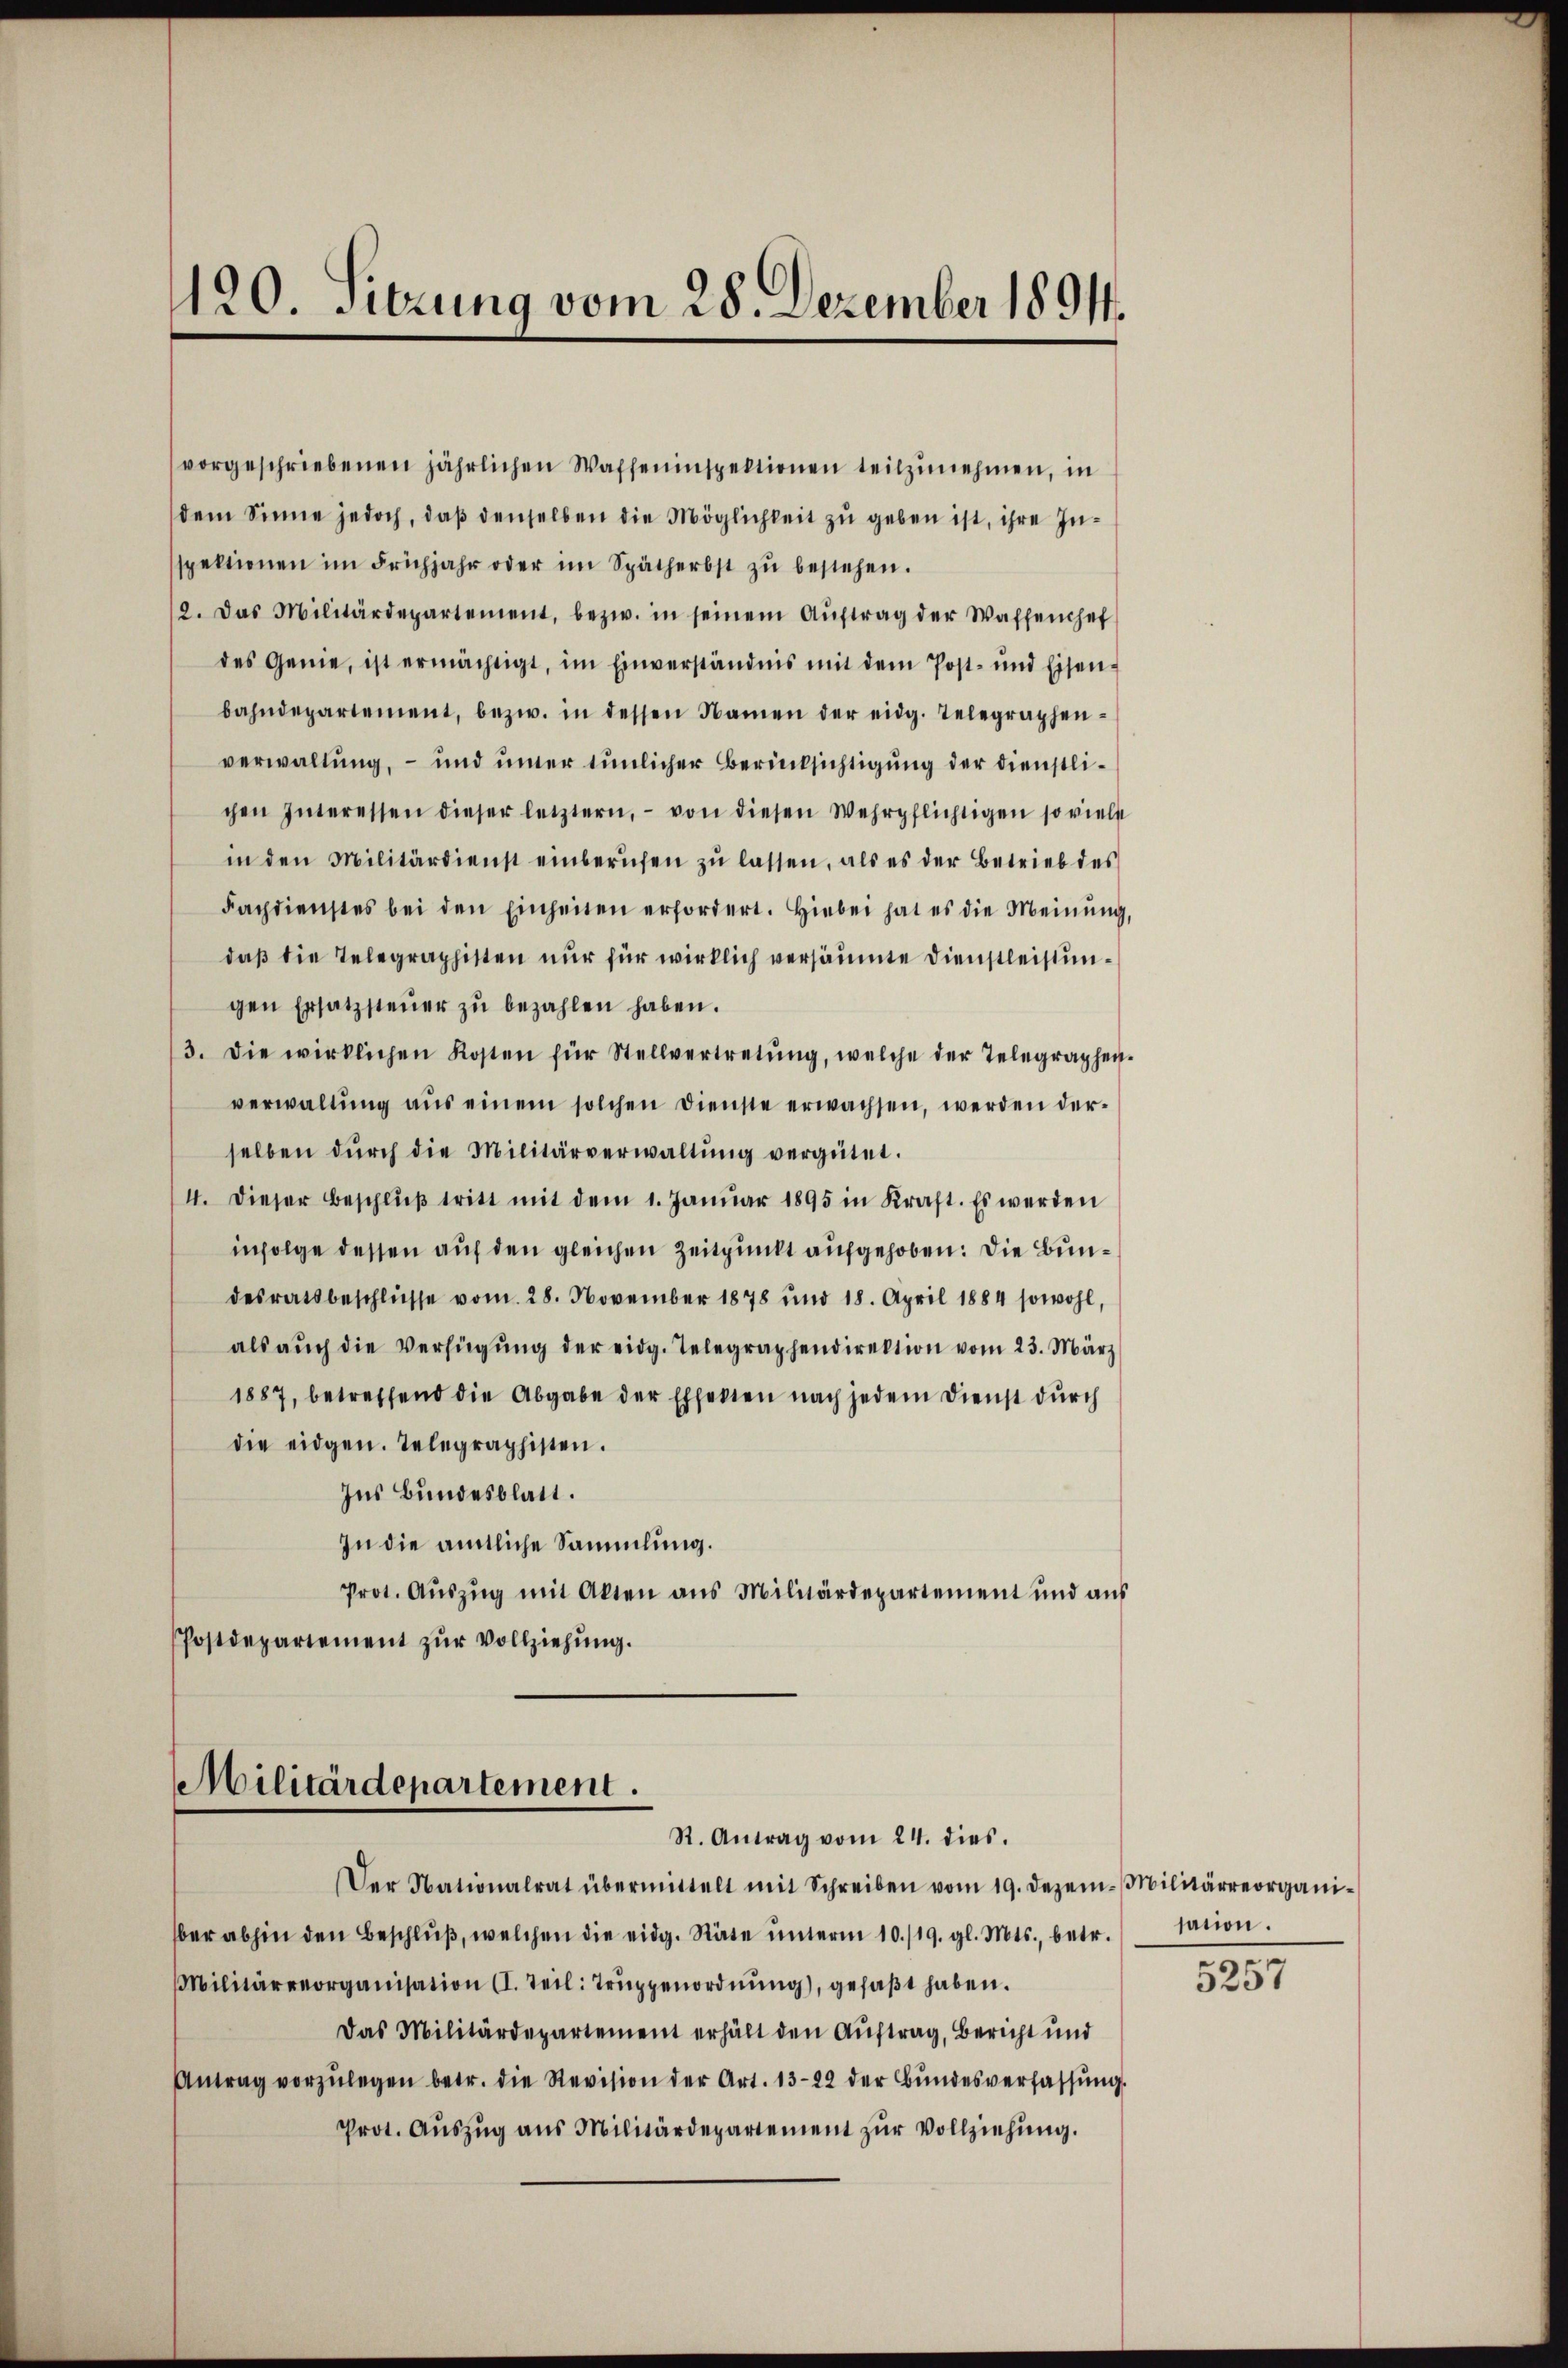
120. Sitzung vom 28. Dezember 1891.

gen Ersatzsteŭer zŭ bezahlen haben.
die eidgen. Telegraphisten.
Ins Bundesblatt.
In die amtliche Sammlung.
Prot. Aŭszŭg mit Akten aus Militärdepartement und aus
Postdepartement zŭr Vollziehŭng.

Militärdepartement.
R. Antrag vom 24. dies.

vorgeschriebenen jährlichen Waffeninspektionen teilzunehmen, in
dem Sinne jedoch, daß denselben die Möglichkeit zu geben ist, ihre Insspektionen im Frühjahr oder im Spätherbst zŭ bestehen.
12. Das Militärdepartement, bezw. in seinem Aŭftrag der Waffenhef
des Genie, ist ermächtigt, im Einverständnis mit dem Post- und Eisen-
bahndepartement, bezw. in dessen Namen der eidg. Telegraphen-
verwaltung, – und unter tunlicher Berücksichtigung der Dienstlichen Interessen dieser letztern, von diesen Wehrpflichtigen so viele
in den Militärdienst einberufen zŭ lassen, als es der Betrieb des
Faphdienstes bei den Einheiten erfordert. Hiebei hat es die Meinŭng,
daß die Telegraphisten nur für wirklich versäumte Dienstleistun¬
3. Die wirklichen Kosten für Stellvertretŭng, welche der Telegraphen-
verwaltŭng aŭs einem solchen Dienste erwachsen, werden der-
selben dŭrch die Militärverwaltŭng vergütet.
4. dieser Beschlŭβ tritt mit dem 1. Janŭar 1895 in Kraft. Es werden
infolge dessen auf den gleichen Zeitpunkt aufgehoben. Die Bundesratsbeschlüsse vom 28. November 1878 und 18. April 1884 sowohl,
als aŭch die Verfügŭng der eidg. Telegraphendirektion vom 23. März
1887, betreffend die Abgabe der Effekten nach jedem Dienst durch

Der Nationalrat übermittelt mit Schreiben vom 19. Dezem-Militärreorgani-
ber abhin den Beschlŭβ, welchen die eidg. Räte ŭnterm 10./19. gl. Mts., betr.
Militärorganisation (I. Teil: Trŭppenordnŭng, gefaβt haben.
Das Militärdepartement erhält den Auftrag, Bericht und
Antrag vorzŭlegen betr. die Revision der Art. 1322 der Bŭndesverfassŭng.
Prot. Aŭszŭg aŭs Militärdepartement zŭr Vollziehŭng.

sation.
e

525